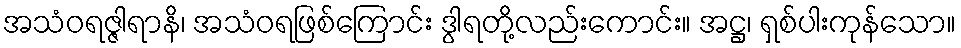
အသံဝရဇ္ဇါရာနိ၊ အသံဝရဖြစ်ကြောင်း ဒွါရတို့လည်းကောင်း။ အဋ္ဌ၊ ရှစ်ပါးကုန်သော။